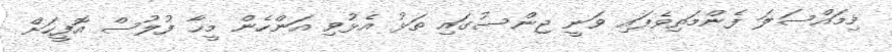
މިމައްސަލަ ފެންމަތިވެފައި ވަނީ ޖިންސުގައި ތަޅު އެޅުވި އަންހެން މީހާ ފުލުސް އޮފީހަށް